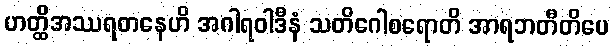
ဟတ္ထိအဿရတနေဟိ အဂါရဝါဒီနံ သတိဂေါစရောတိ အာရဘတီတိပေ